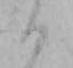
ハ